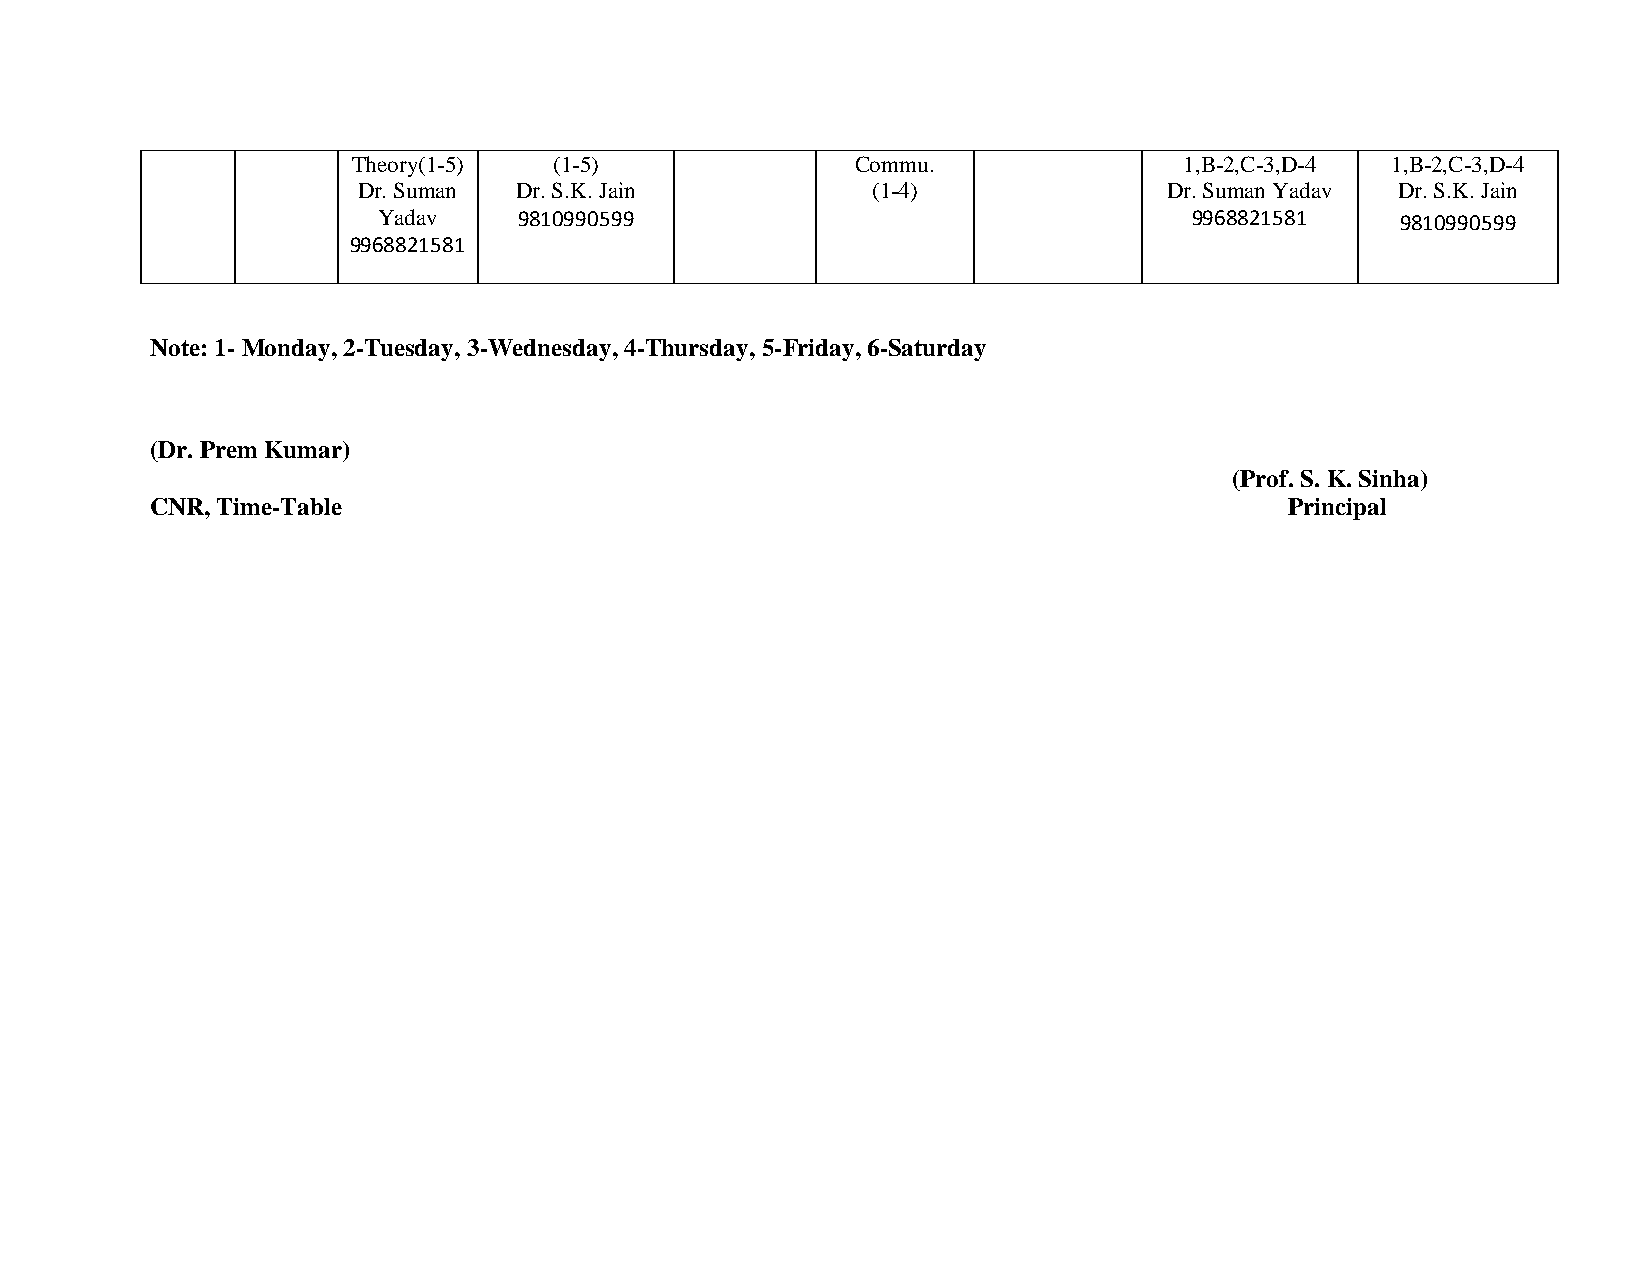
Theory(1-5)   (1-5)               Commu.               1,B-2,C-3,D-4 1,B-2,C-3,D-4
 Dr. Suman Dr. S.K. Jain           (1-4)              Dr. Suman Yadav Dr. S.K. Jain
 Yadav    9810990599                                   9968821581    9810990599
 9968821581
 Note: 1- Monday, 2-Tuesday, 3-Wednesday, 4-Thursday, 5-Friday, 6-Saturday
 (Dr. Prem Kumar)
 (Prof. S. K. Sinha)
 CNR, Time-Table                                                            Principal